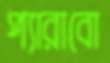
প্যারাবো